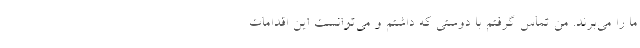
ما را می‌برند. من تماس گرفتم با دوستی که داشتم و می‌توانست این اقدامات